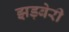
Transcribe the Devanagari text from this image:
झड़बेरी